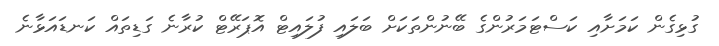
ގުޅިގެން ކަމަށާއި ކަސްޓަމަރުންގެ ބޭނުންތަކަށް ބަލައި ފުލައިޓް އޮޕަރޭޓް ކުރާނެ ގަޑިތައް ކަނޑައަޅާނެ